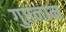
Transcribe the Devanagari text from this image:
गुप्तनाम